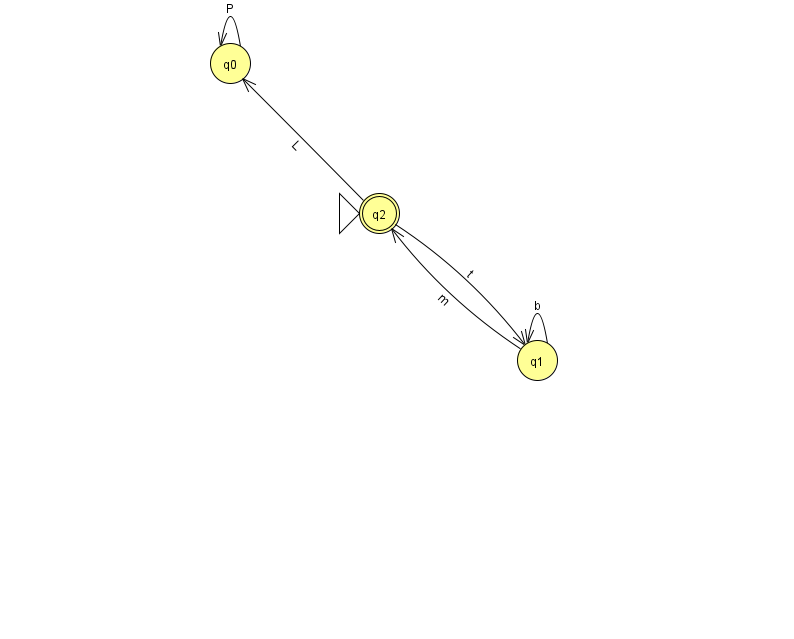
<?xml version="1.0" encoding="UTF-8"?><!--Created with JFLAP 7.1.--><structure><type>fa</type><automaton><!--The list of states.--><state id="0" name="q0"><x>230.0</x><y>50.0</y></state><state id="1" name="q1"><x>537.0</x><y>347.0</y></state><state id="2" name="q2"><x>379.0</x><y>200.0</y><initial/><final/></state><!--The list of transitions.--><transition><from>0</from><to>0</to><read>P</read></transition><transition><from>1</from><to>1</to><read>b</read></transition><transition><from>2</from><to>1</to><read>t</read></transition><transition><from>1</from><to>2</to><read>m</read></transition><transition><from>2</from><to>0</to><read>L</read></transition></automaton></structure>